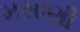
મસાણી